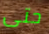
حتى